Annual report on the Civil Veterinary Department, Burma (including the Insein Veterinary School) - 1923-1931
Year: 1923
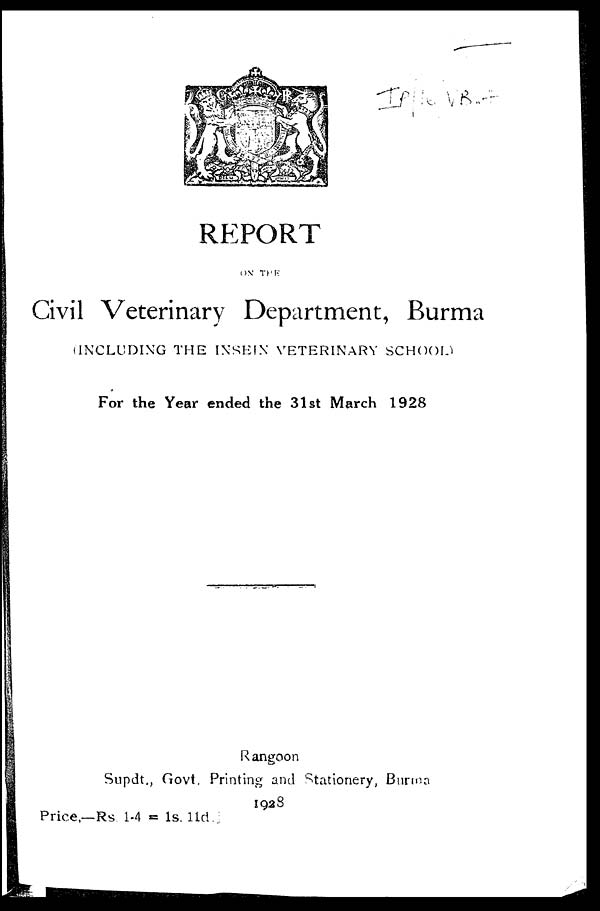
REPORT
ON THE
Civil Veterinary Department, Burma
(INCLUDING THE INSEIN VETERINARY SCHOOL)
For the Year ended the 31st March 1928
Rangoon
Supdt., Govt. Printing and Stationery, Burma
1928
Price.—Rs 1-4 = 1s. 11d.